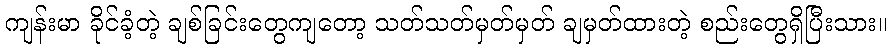
ကျန်းမာ ခိုင်ခံ့တဲ့ ချစ်ခြင်းတွေကျတော့ သတ်သတ်မှတ်မှတ် ချမှတ်ထားတဲ့ စည်းတွေရှိပြီးသား။